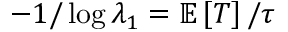
- 1 / \log \lambda _ { 1 } = \mathbb { E } \left[ T \right] / \tau